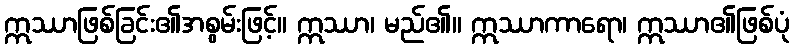
ဣဿာဖြစ်ခြင်း၏အစွမ်းဖြင့်။ ဣဿာ၊ မည်၏။ ဣဿာကာရော၊ ဣဿာ၏ဖြစ်ပုံ